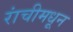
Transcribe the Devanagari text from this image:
रांचीमधून